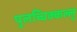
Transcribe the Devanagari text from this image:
पुलच्चिक्कल्लु